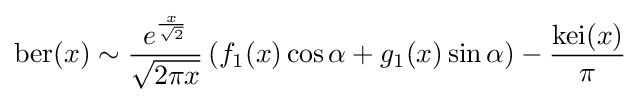
\mathrm {ber} (x)\sim {\frac {e^{\frac {x}{\sqrt {2}}}}{\sqrt {2\pi x}}}\left(f_{1}(x)\cos \alpha +g_{1}(x)\sin \alpha \right)-{\frac {\mathrm {kei} (x)}{\pi }}